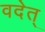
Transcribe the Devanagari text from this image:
वदेत्